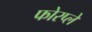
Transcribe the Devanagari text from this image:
फोरप्ले